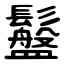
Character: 䰔